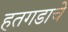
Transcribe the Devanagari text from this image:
हतगडाचे